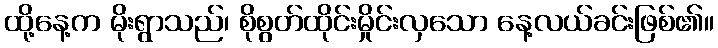
ထို့နေ့က မိုးရွာသည်၊ စိုစွတ်ထိုင်းမှိုင်းလှသော နေ့လယ်ခင်းဖြစ်၏။